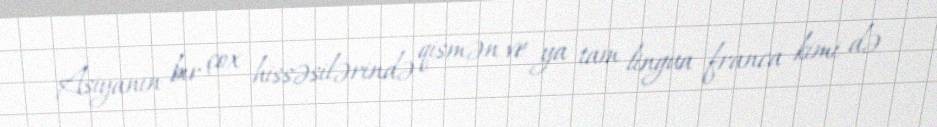
Asiyanın bir çox hissəsilərində qismən ve ya tam lingua franca kimi də